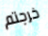
خرجتم